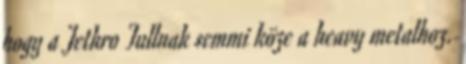
hogy a Jethro Tullnak semmi köze a heavy metalhoz.